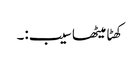
کھٹا میٹھا سیب:۔